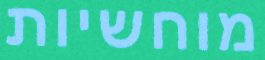
מוחשיות